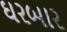
ઘરબાર